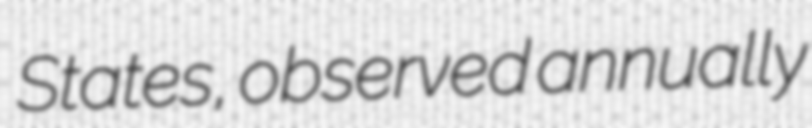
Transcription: States, observed annually